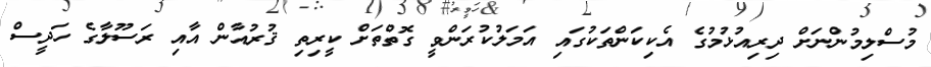
މުސްލިމުންނަށް ދިރިއުޅުމުގެ އެކިކަންތަކުގައި އަމަލުކުރަންވީ ގޮތްތަށް ކީރިތި ޤުރުއާން އާއި ރަސޫލާގެ ހަދީސް